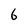
Character: 6